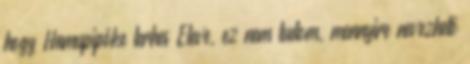
hogy Hamupipőke terhes Eleve, ez nem tudom, mennyire nevezhető